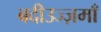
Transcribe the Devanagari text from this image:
बदीउज्ज़माँ